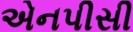
એનપીસી